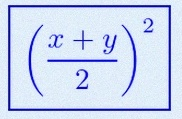
\left(\frac{x+y}{2}\right)^2